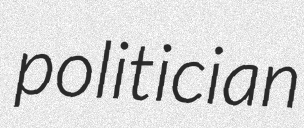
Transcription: politician